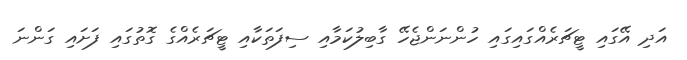
އަދި އޭގައި ޓީޗަރެއްގައިގައި ހުންނަންޖެހޭ ގާބިލުކަމާއި ސިފަތަކާއި ޓީޗަރެއްގެ ގޮތުގައި ފަށައި ގަންނަ